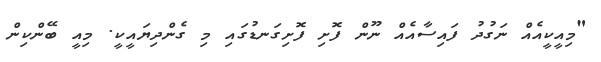
"މިއީކީއެއް ނަގުދު ފައިސާއެއް ނޫން ފޮށި ފޮށިގަނޑުގައި މި ގެންދިޔައީކީ. މިއީ ބޭންކިން